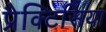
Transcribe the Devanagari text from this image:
प्रैक्टिसिया